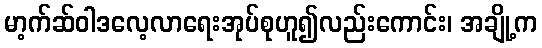
မာ့က်ဆ်ဝါဒလေ့လာရေးအုပ်စုဟူ၍လည်းကောင်း၊ အချို့က